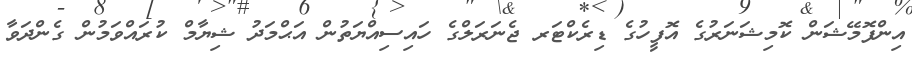
އިންފޮމޭޝަން ކޮމިޝަނަރުގެ އޮފީހުގެ ޑިރެކްޓަރ ޖެނަރަލްގެ ހައިސިއްޔަތުން އަޙްމަދު ޝިޔާމް ކުރައްވަމުން ގެންދަވާ